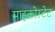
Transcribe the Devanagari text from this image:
माइक्रोस्टेट